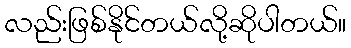
လည်းဖြစ်နိုင်တယ်လို့ဆိုပါတယ်။